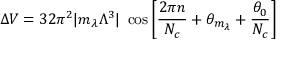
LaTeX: \Delta V = 3 2 \pi ^ { 2 } | m _ { \lambda } \Lambda ^ { 3 } | ~ \cos \left[ { \frac { 2 \pi n } { N _ { c } } } + \theta _ { m _ { \lambda } } + { \frac { \theta _ { 0 } } { N _ { c } } } \right]